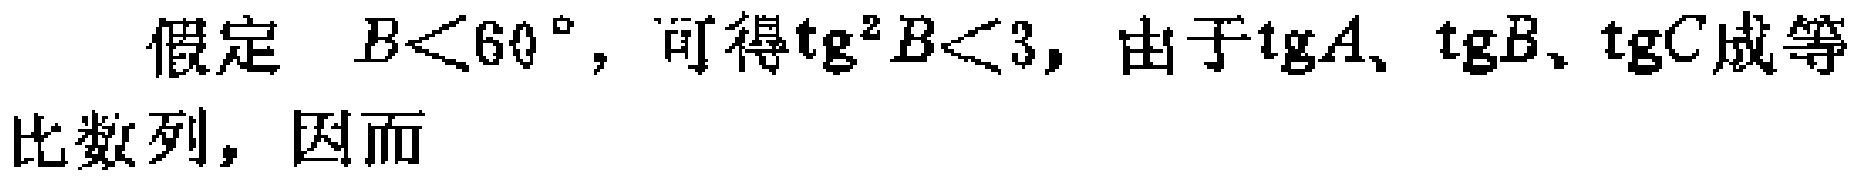
假定 \(B<60^{\circ}\)，可得\(\mathrm{tg}^{2}B<3\)，由于\(\mathrm{tg}A、\mathrm{tg}B、\mathrm{tg}C\)成等比数列，因而